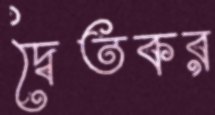
দ্বৈতকর